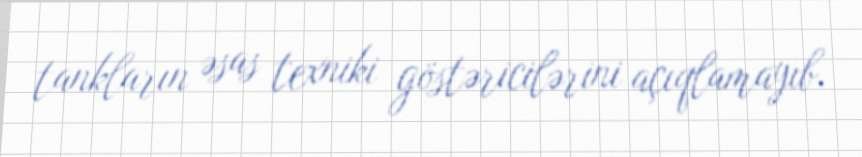
tankların əsas texniki göstəricilərini açıqlamayıb.